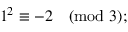
1 ^ { 2 } \equiv - 2 { \pmod { 3 } } ;